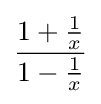
{\frac {1+{\tfrac {1}{x}}}{1-{\tfrac {1}{x}}}}